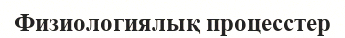
Физиологиялық процесстер